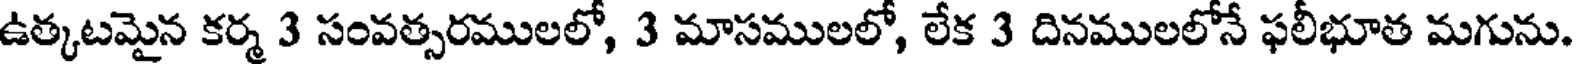
ఉత్కటమైన కర్మ 3 సంవత్సరములలో, 3 మాసములలో, లేక 3 దినములలోనే ఫలీభూత మగును.